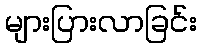
များပြားလာခြင်း